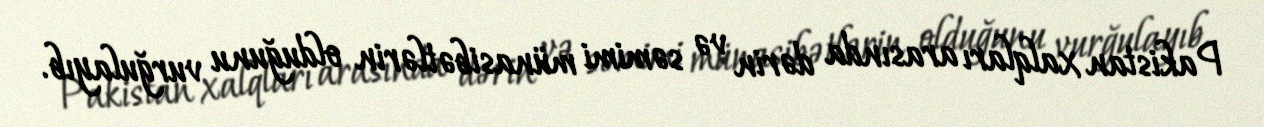
Pakistan xalqları arasında dərin və səmimi münasibətlərin olduğunu vurğulayıb.